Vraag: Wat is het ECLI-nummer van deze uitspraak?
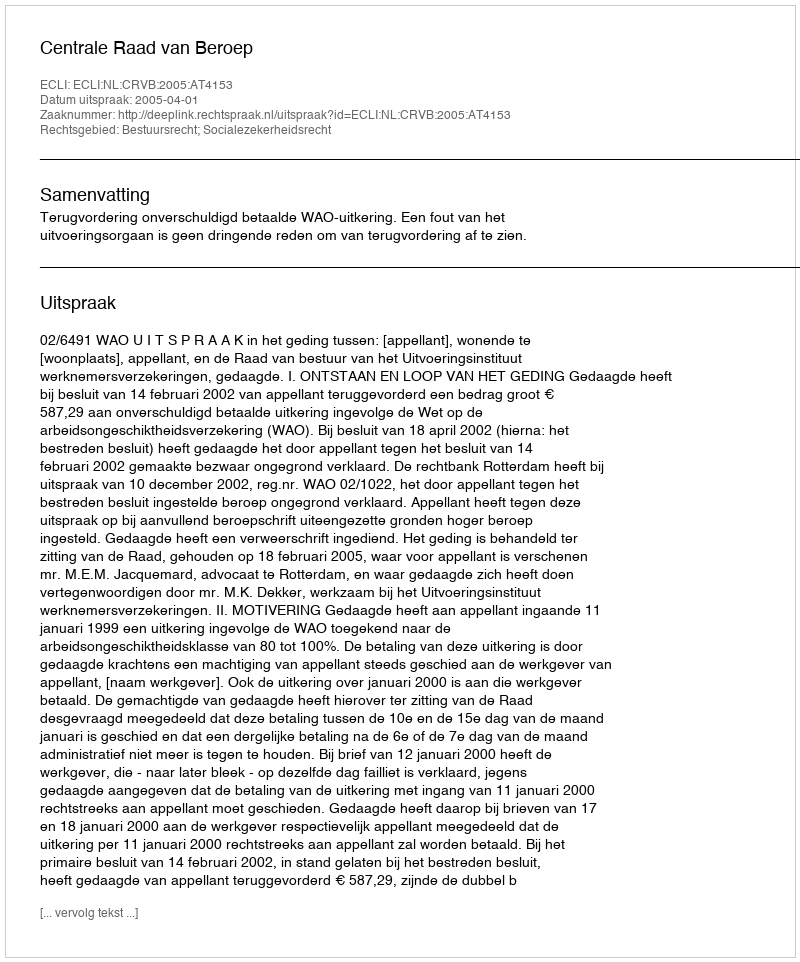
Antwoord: ECLI:NL:CRVB:2005:AT4153